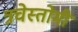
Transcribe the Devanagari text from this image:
त्रचेस्तोमी